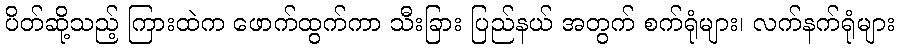
ပိတ်ဆို့သည့် ကြားထဲက ဖောက်ထွက်ကာ သီးခြား ပြည်နယ် အတွက် စက်ရုံများ၊ လက်နက်ရုံများ